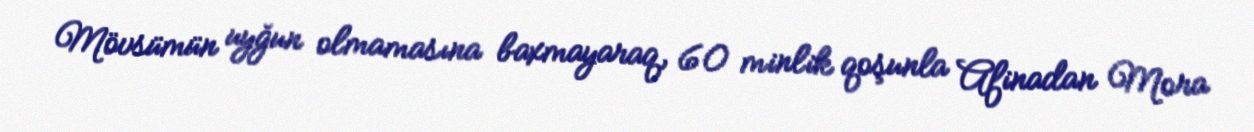
Mövsümün uyğun olmamasına baxmayaraq, 60 minlik qoşunla Afinadan Mora